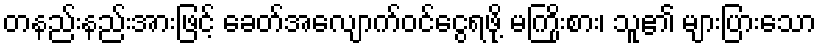
တနည်းနည်းအားဖြင့် ခေတ်အလျောက်ဝင်ငွေရဖို့ မကြိုးစား၊ သူ၏ များပြားသော